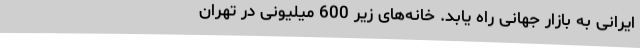
ایرانی به بازار جهانی راه یابد. خانه‌های زیر 600 میلیونی در تهران